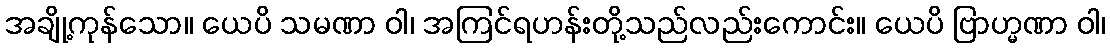
အချို့ကုန်သော။ ယေပိ သမဏာ ဝါ၊ အကြင်ရဟန်းတို့သည်လည်းကောင်း။ ယေပိ ဗြာဟ္မဏာ ဝါ၊